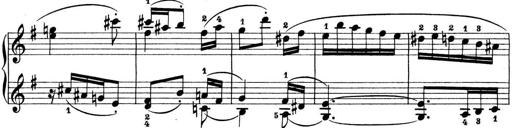
Title: Preis-Sonatine
Composer: Ernst James Bremner